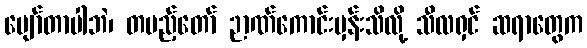
ပျော်တာပါဘဲ၊ တပည့်တော် ဉာဏ်ကောင်းမှန်းသိလို့ သီလရှင် ဆရာတွေက